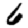
Digit: 6